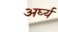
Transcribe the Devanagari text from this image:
अर्घ्यं